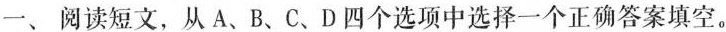
一、阅读短文，从 A、B、C、D四个选项中选择一个正确答案填空。